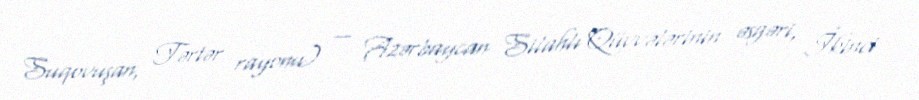
Suqovuşan, Tərtər rayonu) — Azərbaycan Silahlı Qüvvələrinin əsgəri, İkinci